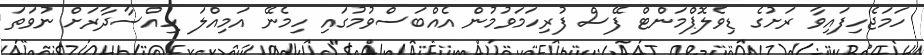
ހަމަޖެހިފައިވާ ރަށުގެ ޑިވެލޮޕްމަންޓް ފޭސް ފުރިހަމަވުމުން އެއްބަސްވުމުގައި ހިމެނޭ އަމިއްލަ ހިއްސާދާރަށް ނުވަތަ